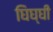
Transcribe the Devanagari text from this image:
घिघ्घी